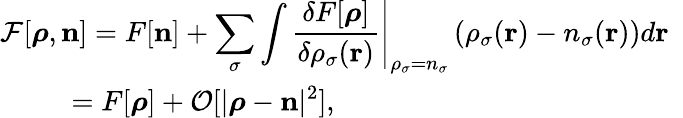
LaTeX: \begin{array}{l}{{\displaystyle{\cal F}[{\boldsymbol\rho},{\mathbf n}]=F[{\mathbf n}]+\sum_{\sigma}\int\left.\frac{\delta F[{\boldsymbol\rho}]}{\delta\rho_{\sigma}({\mathbf r})}\right\vert_{{\mathbf\rho}_{\sigma}=n_{\sigma}}\left(\rho_{\sigma}({\mathbf r})-n_{\sigma}({\mathbf r})\right)d{\mathbf r}}\ ~}\\ {{\displaystyle~~~~~~~~~=F[{\boldsymbol\rho}]+{\cal O}[\vert{\boldsymbol\rho}-{\mathbf n}\vert^{2}]},}\end{array}